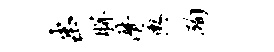
串胼潸舆殉